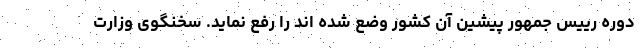
دوره رییس جمهور پیشین آن کشور وضع شده اند را رفع نماید. سخنگوی وزارت